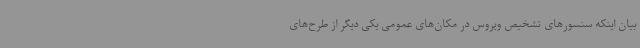
بیان اینکه سنسورهای تشخیص ویروس در مکان‌های عمومی یکی دیگر از طرح‌های